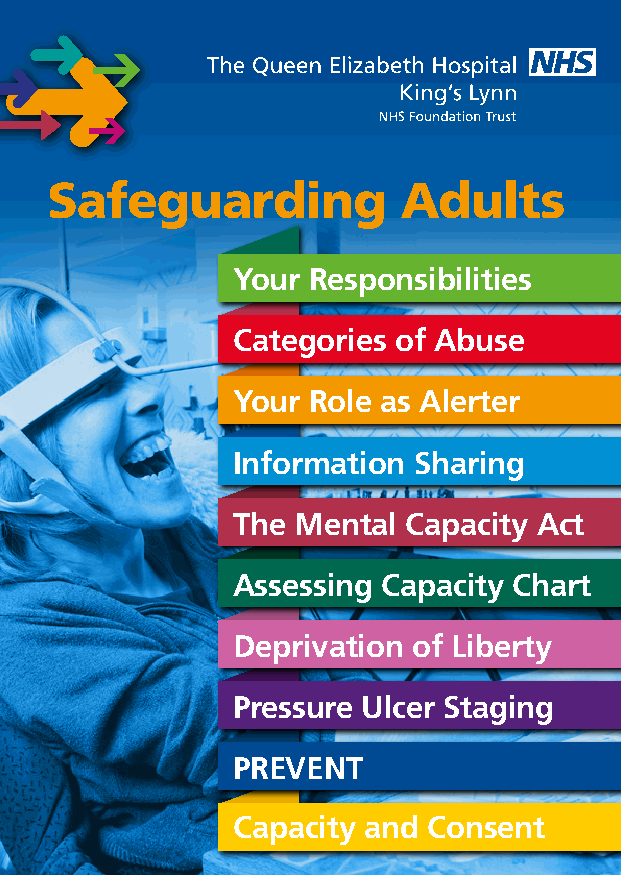
Safeguarding           Adults
 Your Responsibilities
 Categories of Abuse
 Your Role as Alerter
 Information Sharing
 The Mental  Capacity Act
 Assessing Capacity Chart
 Deprivation of Liberty
 Pressure Ulcer Staging
 PREVENT
 Capacity and Consent